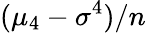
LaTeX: (\mu_{4}-\sigma^{4})/n